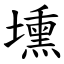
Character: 壎